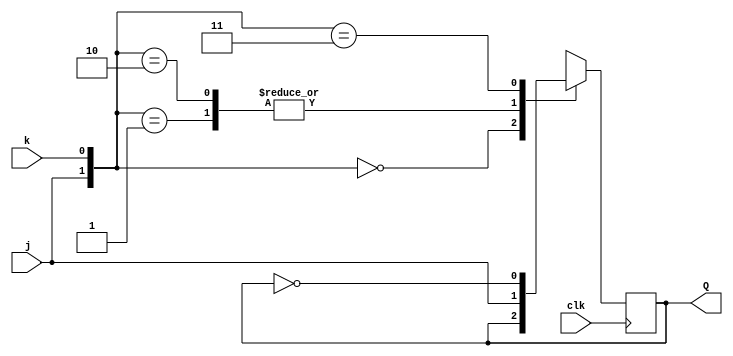
module top_module (
    input clk,
    input j,
    input k,
    output Q); 
    wire [1:0] s;
    assign s = {j,k};
    always@(posedge clk)
        case(s)
            2'b00 : Q <= Q;
            2'b01 : Q <= j;
            2'b10 : Q <= j;
            2'b11 : Q <= ~Q;
        endcase
endmodule